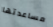
مساعدتها